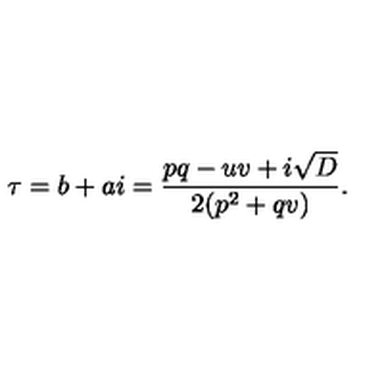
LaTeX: \tau = b + a i = \frac { p q - u v + i \sqrt { D } } { 2 ( p ^ { 2 } + q v ) } .